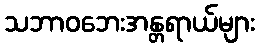
သဘာဝဘေးအန္တရာယ်များ